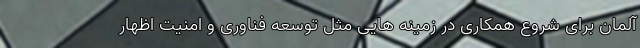
آلمان برای شروع همکاری در زمینه هایی مثل توسعه فناوری و امنیت اظهار